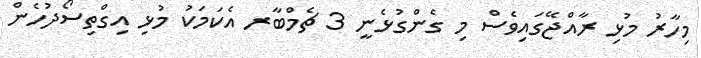
މިހާރު މުޅި ރާއްޖޭގައިވެސް މި ގެންގުޅެނީ 3 ޗެމްބާރ އެކަމަކު މުޅި އިގްތިސޯދުހެން